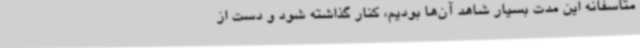
متاسفانه این مدت بسیار شاهد آن‌ها بودیم، کنار گذاشته شود و دست از